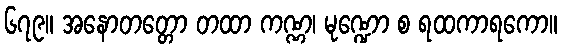
၆၇၉။ အနောတတ္တော တထာ ကဏ္ဏ၊ မုဏ္ဍော စ ရထကာရကော။